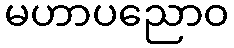
မဟာပညောဝ